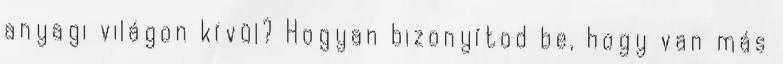
anyagi világon kívül? Hogyan bizonyítod be, hogy van más